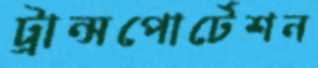
ট্রান্সপোর্টেশন